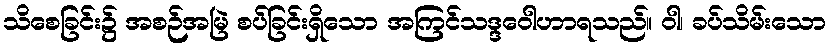
သိစေခြင်း၌ အစဉ်အမြဲ စပ်ခြင်းရှိသော အကြင်သဒ္ဒဝေါဟာရသည်။ ဝါ၊ ခပ်သိမ်းသော